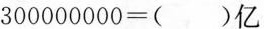
300000000=()亿